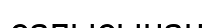
сапысынан